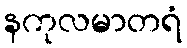
နကုလမာတရံ